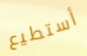
أستطيع